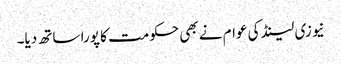
نیوزی لینڈ کی عوام نے بھی حکومت کا پورا ساتھ دیا۔